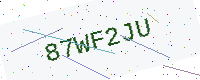
Text: 87WF2JU